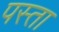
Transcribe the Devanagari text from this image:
पस्ता